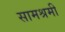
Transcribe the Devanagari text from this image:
सामश्रमी